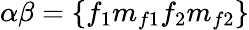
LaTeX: \alpha\beta=\{ f_{1}m_{f1}f_{2}m_{f2}\}